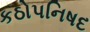
કઠોપનિષદ